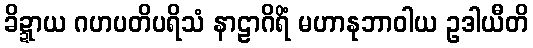
ခိဍ္ဍာယ ဂဟပတိပရိသံ နာဠာဂိရိံ မဟာနုဘာဝါယ ဥဒါယီတိ